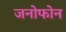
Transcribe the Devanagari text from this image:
जनोफोन